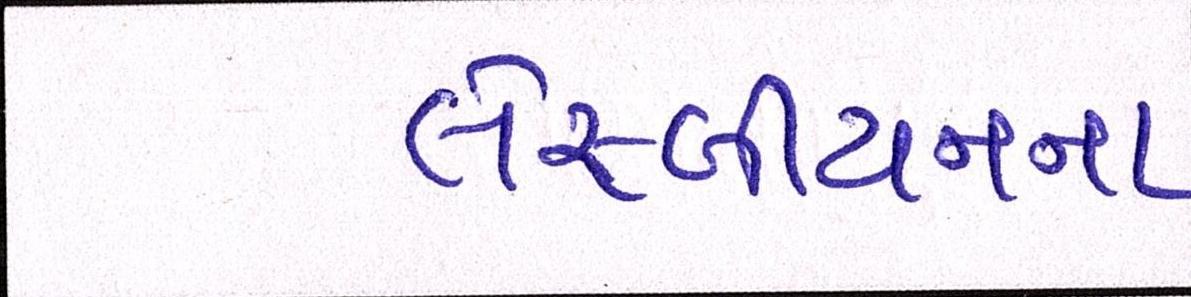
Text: લેસ્બીયનના